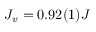
J _ { v } = 0 . 9 2 ( 1 ) J